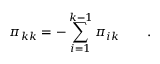
\pi _ { k k } = - \sum _ { i = 1 } ^ { k - 1 } \pi _ { i k } \qquad .